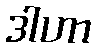
ဒါဟာ